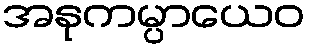
အနုကမ္ပာယေဝ